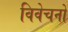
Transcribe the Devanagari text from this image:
विवेचनो